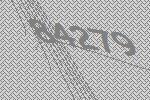
84279